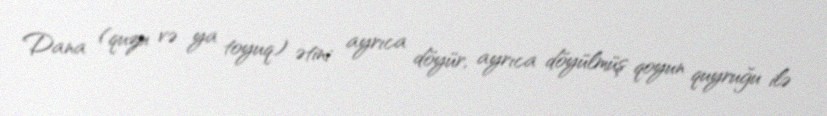
Dana (quzu və ya toyuq) ətini ayrıca döyür, ayrıca döyülmüş qoyun quyruğu ilə